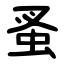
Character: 蚤